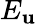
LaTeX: E_{\mathbf{u}}